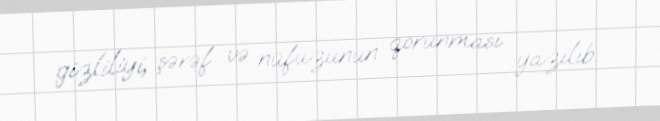
gizliliyi, şərəf və nüfuzunun qorunması yazılıb.